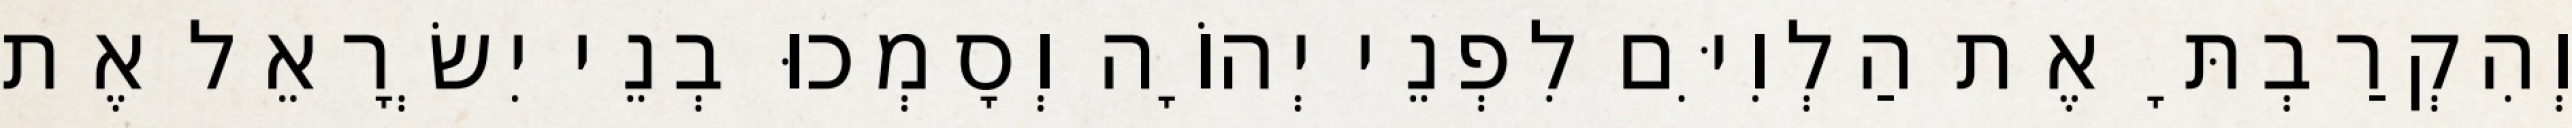
וְהִקְרַבְתָּ אֶת הַלְוִיִּם לִפְנֵי יְהוָֹה וְסָמְכוּ בְנֵי יִשְׂרָאֵל אֶת